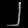
Digit: ၂